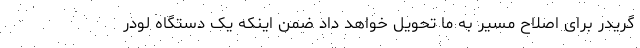
گریدر برای اصلاح مسیر به ما تحویل خواهد داد ضمن اینکه یک دستگاه لودر